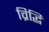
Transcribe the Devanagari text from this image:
व्रिद्धि